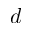
d